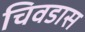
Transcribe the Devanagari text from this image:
चिवडास